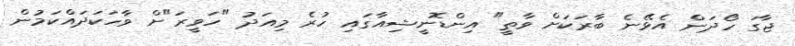
ޖާގަ ހޯދަން އެޅޭނެ ބާރަކަށް ވާތީ" އިންޑޮނީޝިއާގައި ހުރެ މިއަދު "ހަވީރަ"ށް ވާހަކަދައްކަމުން